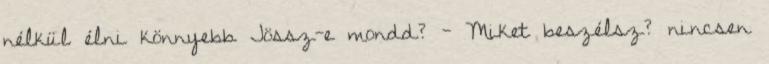
nélkül élni könnyebb Jössz-e mondd? - Miket beszélsz? nincsen